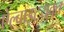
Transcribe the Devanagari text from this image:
ऐल्बाइटयुक्त